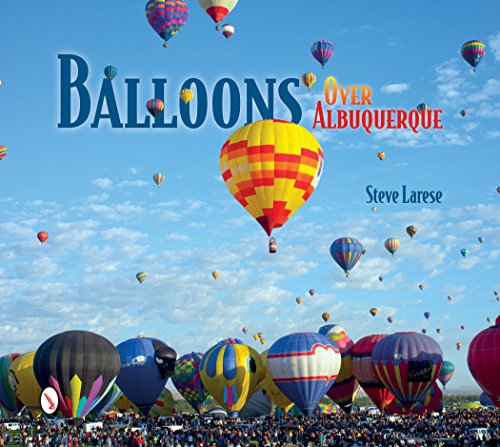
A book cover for Balloons Over Albuquerque; Steve Larese; Sports & Outdoors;